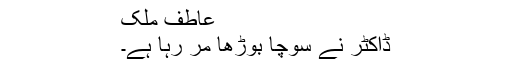
عاطف ملک
ڈاکٹر نے سوچا بوڑھا مر رہا ہے۔